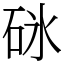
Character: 砯